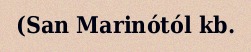
(San Marinótól kb.